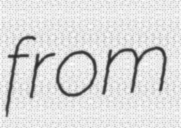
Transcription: from